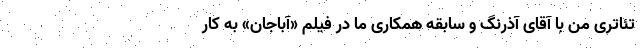
تئاتری من با آقای آذرنگ و سابقه همکاری ما در فیلم «آباجان» به کار